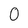
Character: 0